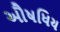
ઔષધિય